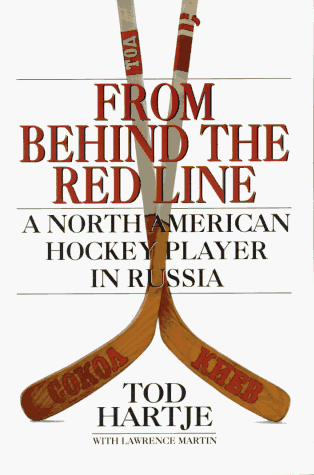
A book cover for From Behind the Red Line: A North American Hockey Player in Russia; Tod Hartje; Biographies & Memoirs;